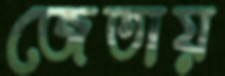
জেতায়